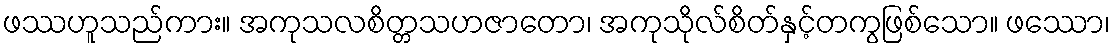
ဖဿဟူသည်ကား။ အကုသလစိတ္တသဟဇာတော၊ အကုသိုလ်စိတ်နှင့်တကွဖြစ်သော။ ဖဿော၊